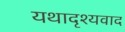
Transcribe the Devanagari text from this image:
यथादृश्यवाद